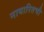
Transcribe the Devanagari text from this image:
नायारितची